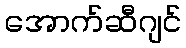
အောက်ဆီဂျင်